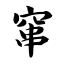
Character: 窜